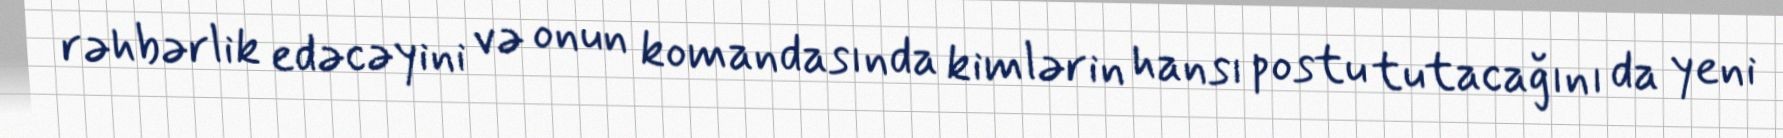
rəhbərlik edəcəyini və onun komandasında kimlərin hansı postu tutacağını da yeni